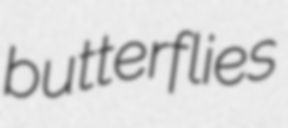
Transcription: butterflies